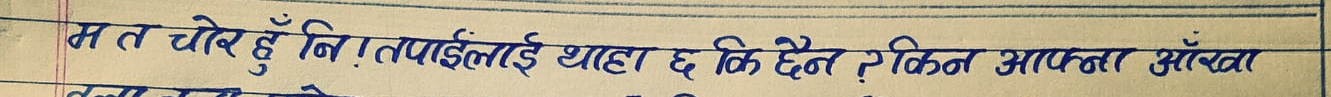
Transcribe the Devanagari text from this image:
म त चोर हुँ नि. तपाईंलाई थाहा छ कि छैन? किन आफ्ना आँखा